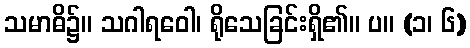
သမာဓိ၌။ သဂါရဝေါ၊ ရိုသေခြင်းရှိ၏။ ပ။ (၁၊ ၆)